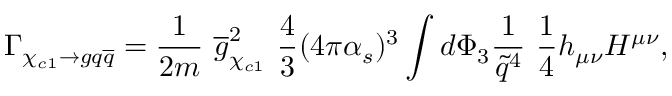
\Gamma _ { \chi _ { c 1 } \rightarrow g q { \overline { { q } } } } = \frac { 1 } { 2 m } \ { \overline { { g } } } _ { \chi _ { c 1 } } ^ { 2 } \ \frac { 4 } { 3 } ( 4 \pi \alpha _ { s } ) ^ { 3 } \int d \Phi _ { 3 } \frac { 1 } { \tilde { q } ^ { 4 } } \ \frac { 1 } { 4 } h _ { \mu \nu } H ^ { \mu \nu } ,